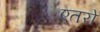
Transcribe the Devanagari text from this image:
एतरो